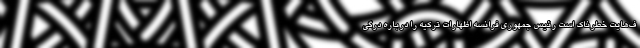
ف‌هایت خطرناک است رئیس جمهوری فرانسه اظهارات ترکیه را درباره درگی